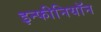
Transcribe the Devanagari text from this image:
इन्फीनियॉन